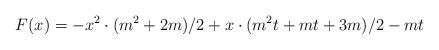
LaTeX: \begin{align*}\displaystyle F(x)=-x^2\cdot (m^2+2m)/{2}+x\cdot (m^2t+mt+3m)/{2}-mt \end{align*}